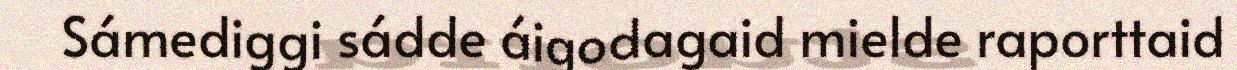
Sámediggi sádde áigodagaid mielde raporttaid